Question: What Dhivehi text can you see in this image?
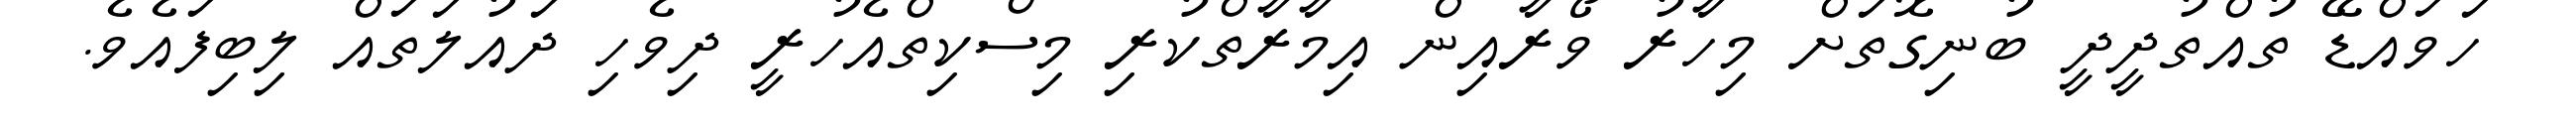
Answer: ހަވައްޑޭ ތުއްތުދީދީ ބުނިގޮތަށް މިހާރު ވޯރާއިން އިމާރާތްކުރި މިސްކިތްއެހުރީ ދިވެހި ދައުލަތައް ލިބިފައެވެ.